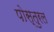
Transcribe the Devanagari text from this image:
पोस्तुरल